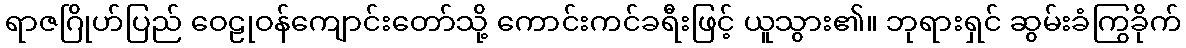
ရာဇဂြိုဟ်ပြည် ဝေဠုဝန်ကျောင်းတော်သို့ ကောင်းကင်ခရီးဖြင့် ယူသွား၏။ ဘုရားရှင် ဆွမ်းခံကြွခိုက်